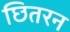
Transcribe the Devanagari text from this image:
छितरन